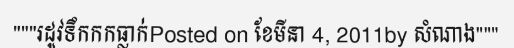
"""រដូវទឹកកកធ្លាក់Posted on ខែមីនា 4, 2011by សំណាង"""